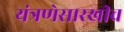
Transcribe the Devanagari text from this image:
यंत्रणेसारखीच